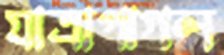
যাত্রাপাগল